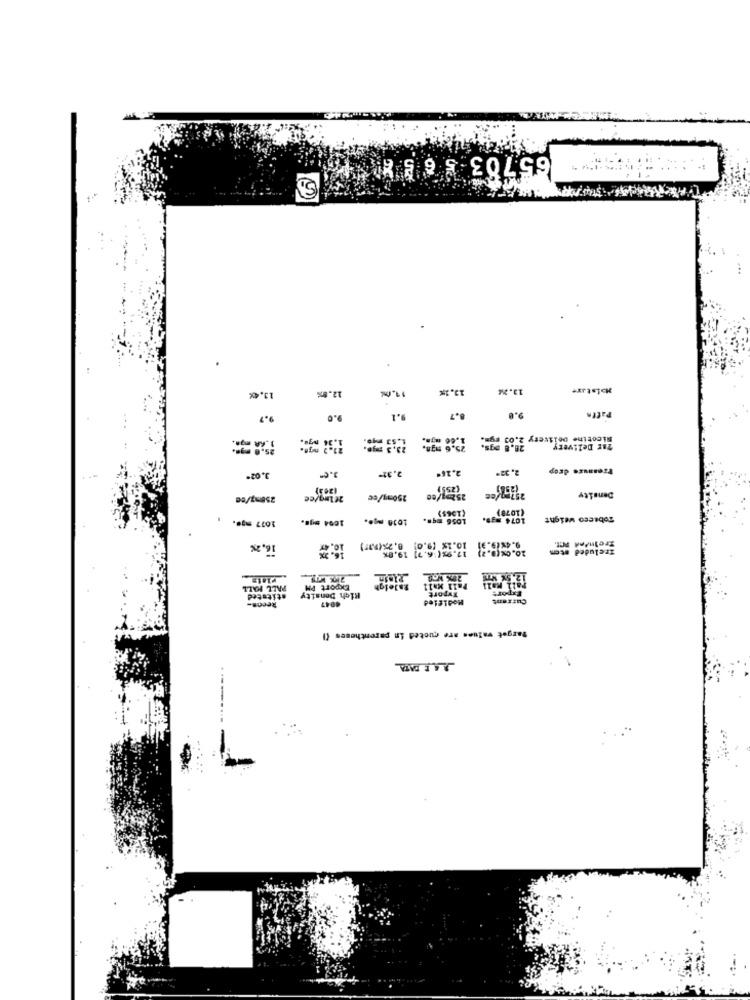
65703 5 6 5. 8
12.8%
13.1%
13.2%
13.4%
11.0
9.7
9.1
8.7
9.0
Patta
1.86 my ..
Nicotine Delivery 2.03 Fy =.
23.3 130.
25,6 mg8.
26,8 ogs.
Tar Delivery
Freamuze drop
3.02ª
2.32-
2.16.
2.32*
250mg/00
Meleglee
250mg/ce
152mg/ec
Density
1077 mg ..
1004 mg ..
1010 mg ..
(1965)
(1078)
1074 g9.
Tobacco weight
16,2%
10: 47
8.2%(937)
20.0%(0. 2) 12.92(:6.2] 19.0%
Included
zrelnění Det.
PALL MALL
Export PM
Raleigh
Export
Pall Mall
stituted
High Density
Modified
Export
Current
Recon-
4947
Target values are quoted in parentheses ()